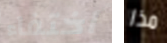
اختفاء مذا